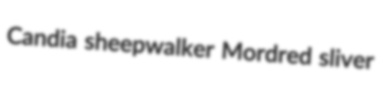
Candia sheepwalker Mordred sliver